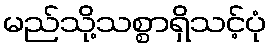
မည်သို့သစ္စာရှိသင့်ပုံ